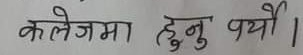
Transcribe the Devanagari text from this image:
कलेजमा हुनु पर्यो ।